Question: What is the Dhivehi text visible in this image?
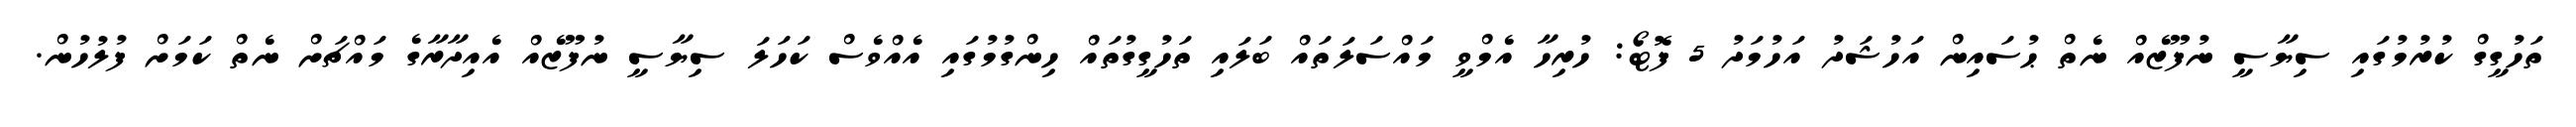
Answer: ތަހުގީގް ކުރުމުގައި ސިޔާސީ ނުފޫޒެއް ނެތް ޙުސައިން އަހުޝަދު އަހުމަދު 5 ފޮޓޯ: ހުރިހާ އެމްވީ މައްސަލަތައް ބަލައި ތަހުގީގުތައް ހިންގުމުގައި އެއްވެސް ކަހަލަ ސިޔާސީ ނުފޫޒެއް އެއިދާރާގެ މައްޗަށް ނެތް ކަމަށް ފުލުހުން.